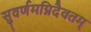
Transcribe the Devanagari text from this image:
सुवर्णमग्निदैवतम्